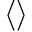
\left\langle \right\rangle